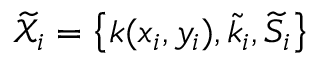
\widetilde { \mathcal { X } } _ { i } = \left\{ k ( x _ { i } , y _ { i } ) , \widetilde { k } _ { i } , \widetilde { S } _ { i } \right\}